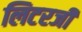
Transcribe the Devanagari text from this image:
लिटरजी